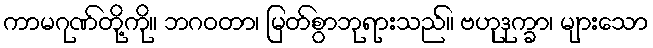
ကာမဂုဏ်တို့ကို။ ဘဂဝတာ၊ မြတ်စွာဘုရားသည်။ ဗဟုဒုက္ခာ၊ များသော